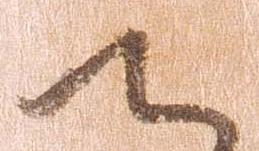
へ